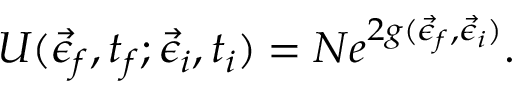
U ( \vec { \epsilon } _ { f } , t _ { f } ; \vec { \epsilon } _ { i } , t _ { i } ) = N e ^ { 2 g ( \vec { \epsilon } _ { f } , \vec { \epsilon } _ { i } ) } .